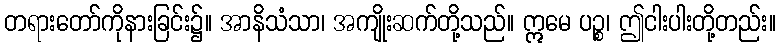
တရားတော်ကိုနားခြင်း၌။ အာနိသံသာ၊ အကျိုးဆက်တို့သည်။ ဣမေ ပဉ္စ၊ ဤငါးပါးတို့တည်း။